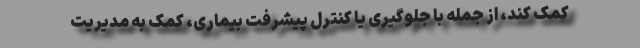
کمک کند، از جمله با جلوگیری یا کنترل پیشرفت بیماری، کمک به مدیریت